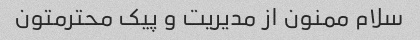
سلام ممنون از مدیریت و پیک محترمتون